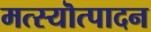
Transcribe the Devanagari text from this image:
मत्स्यॊत्पादन